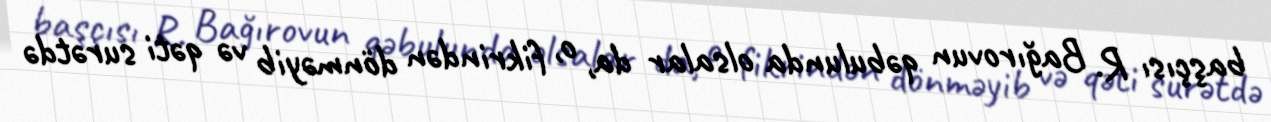
başçısı R. Bağırovun qəbulunda olsalar da, o, fikrindən dönməyib və qəti surətdə